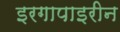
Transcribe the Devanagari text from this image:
इरगापाइरीन